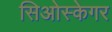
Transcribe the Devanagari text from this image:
सिओस्केगर